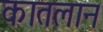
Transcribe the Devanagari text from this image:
कातलान